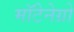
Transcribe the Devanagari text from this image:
मॉटेनेग्रो